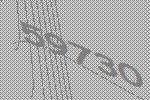
59730